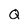
Character: Q